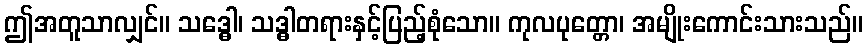
ဤအတူသာလျှင်။ သဒ္ဓေါ၊ သဒ္ဓါတရားနှင့်ပြည့်စုံသော။ ကုလပုတ္တော၊ အမျိုးကောင်းသားသည်။